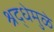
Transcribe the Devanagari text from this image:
श्रद्धेमुळे